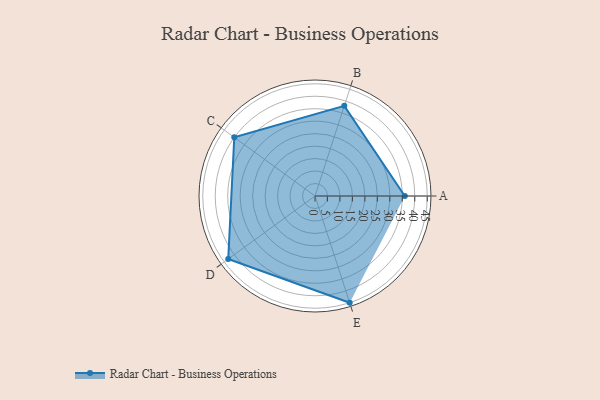
{"axis": {"x": "Skill", "y": "Score"}, "legend": ["Profile"], "data": [{"x": "A", "y": 36.0, "type": "Profile"}, {"x": "B", "y": 38.0, "type": "Profile"}, {"x": "C", "y": 40.0, "type": "Profile"}, {"x": "D", "y": 43.0, "type": "Profile"}, {"x": "E", "y": 45.0, "type": "Profile"}]}